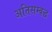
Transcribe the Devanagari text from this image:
अतिसम्बद्ध